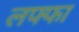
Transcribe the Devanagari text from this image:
लफ्फा